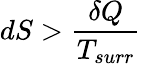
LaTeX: dS>{\frac{\delta Q}{T_{surr}}}